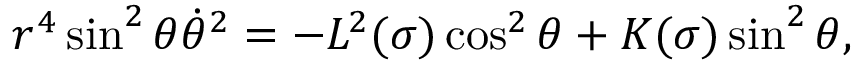
r ^ { 4 } \sin ^ { 2 } { \theta } \dot { \theta } ^ { 2 } = - L ^ { 2 } ( \sigma ) \cos ^ { 2 } { \theta } + K ( \sigma ) \sin ^ { 2 } { \theta } ,